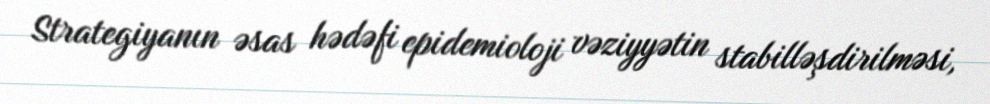
Strategiyanın əsas hədəfi epidemioloji vəziyyətin stabilləşdirilməsi,